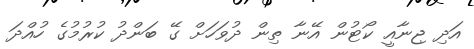
އަދި ޖިނާއީ ކޯޓުން އޭނާ ތިން ދުވަހަށް ގޭ ބަންދު ކުރުމުގެ ހުއްދަ